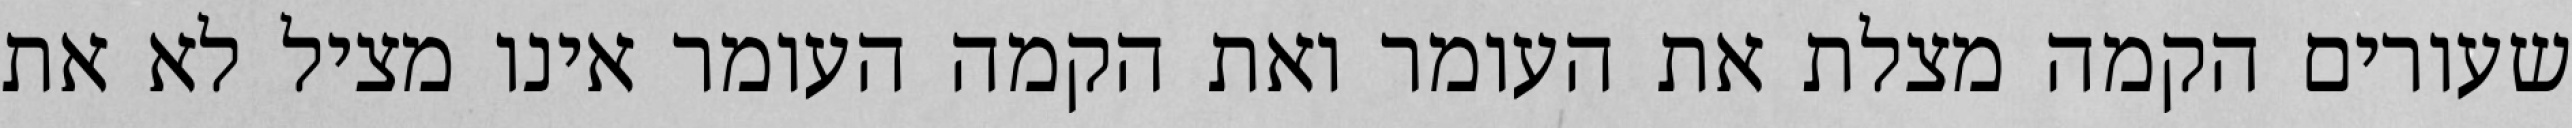
שעורים הקמה מצלת את העומר ואת הקמה העומר אינו מציל לא את